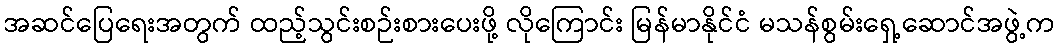
အဆင်ပြေရေးအတွက် ထည့်သွင်းစဉ်းစားပေးဖို့ လိုကြောင်း မြန်မာနိုင်ငံ မသန်စွမ်းရှေ့ဆောင်အဖွဲ့က